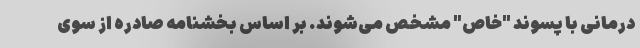
درمانی با پسوند "خاص" مشخص می‌شوند. بر اساس بخشنامه صادره از سوی